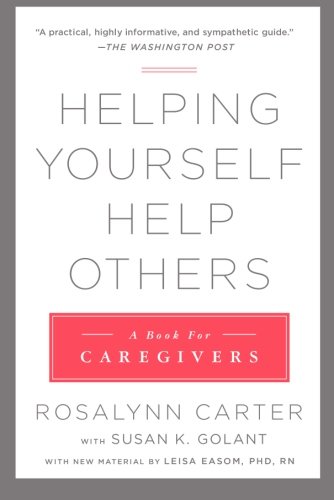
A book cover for Helping Yourself Help Others: A Book for Caregivers; Rosalynn Carter; Medical Books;